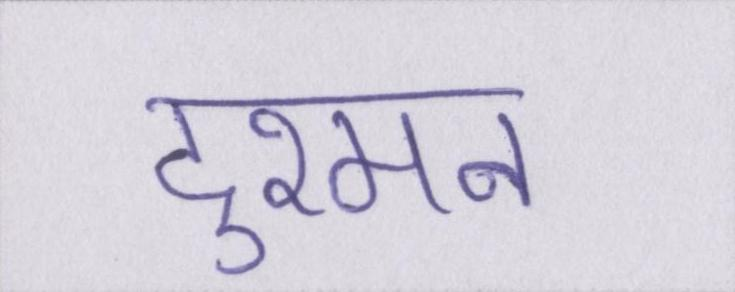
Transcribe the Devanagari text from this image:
दुश्मन